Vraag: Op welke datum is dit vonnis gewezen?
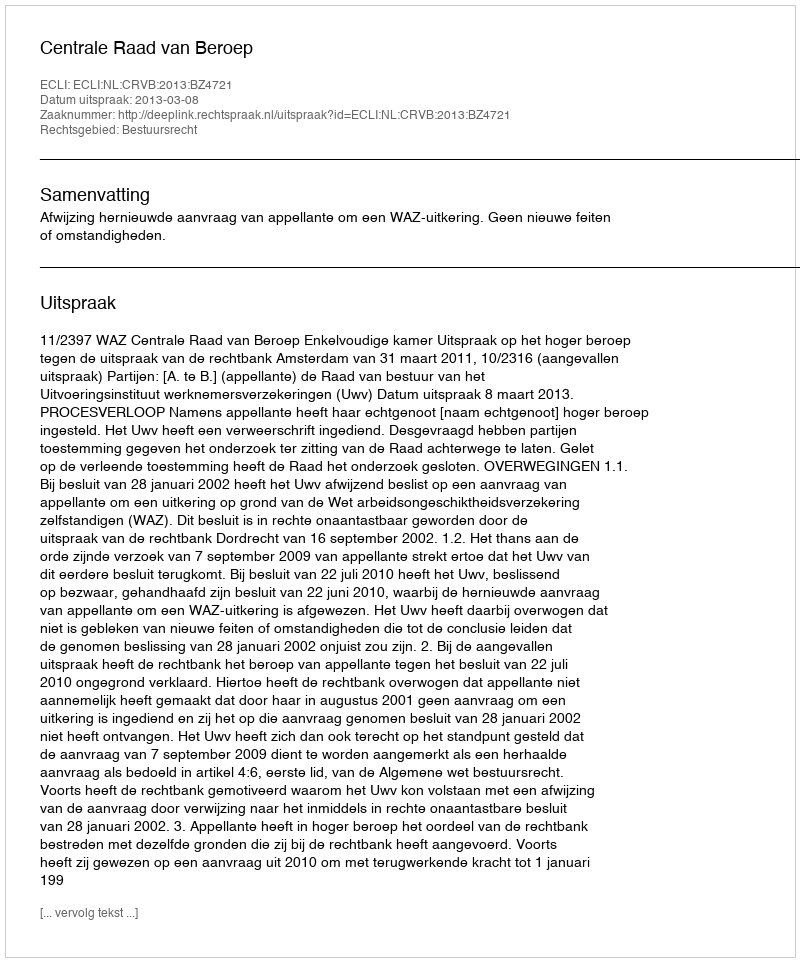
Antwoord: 2013-03-08